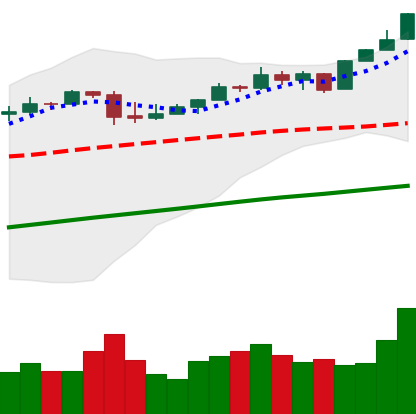
Ticker: BTC-USD
Chart end date: 2017-04-27
Forward return: 10.252%
Label: up_7plus